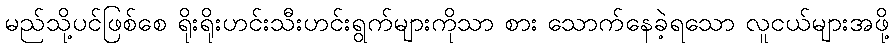
မည်သို့ပင်ဖြစ်စေ ရိုးရိုးဟင်းသီးဟင်းရွက်များကိုသာ စား သောက်နေခဲ့ရသော လူငယ်များအဖို့